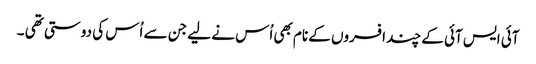
آئی ایس آئی کے چند افسروں کے نام بھی اُس نے لیے جن سے اُس کی دوستی تھی ۔